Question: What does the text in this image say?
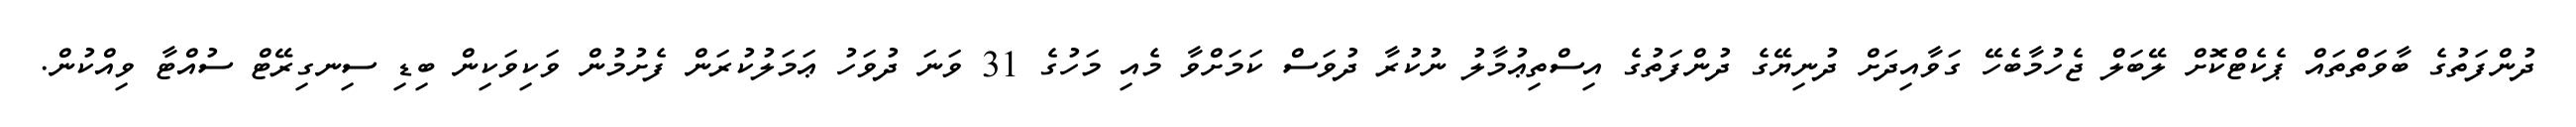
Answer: ދުންފަތުގެ ބާވަތްތައް ޕެކެޓްކޮށް ލޭބަލް ޖެހުމާބެހޭ ގަވާއިދަށް ދުނިޔޭގެ ދުންފަތުގެ އިސްތިޢުމާލު ނުކުރާ ދުވަސް ކަމަށްވާ މެއި މަހުގެ 31 ވަނަ ދުވަހު ޢަމަލުކުރަން ފެށުމުން ވަކިވަކިން ބިޑި ސިނގިރޭޓް ސުއްޓާ ވިއްކުން.